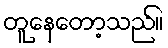
တူနေတော့သည်။